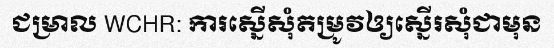
ជម្រាល WCHR: ការស្នើសុំតម្រូវឲ្យស្នើរសុំជាមុន